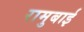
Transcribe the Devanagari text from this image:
रामुबाई